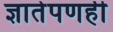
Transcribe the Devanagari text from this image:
ज्ञातेपणही